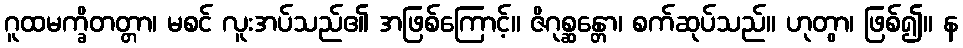
ဂူထမက္ခိတတ္တာ၊ မစင် လူးအပ်သည်၏ အဖြစ်ကြောင့်။ ဇိဂုစ္ဆန္တော၊ စက်ဆုပ်သည်။ ဟုတွာ၊ ဖြစ်၍။ န